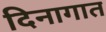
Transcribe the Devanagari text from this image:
दिनागात